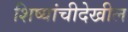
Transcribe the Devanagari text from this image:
शिष्यांचीदेखील